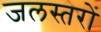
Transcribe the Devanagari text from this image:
जलस्तरों